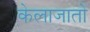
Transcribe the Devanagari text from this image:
केलाजातो